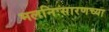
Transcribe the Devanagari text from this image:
मलनिःसारणच्या